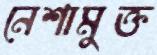
নেশামুক্ত